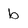
Character: b